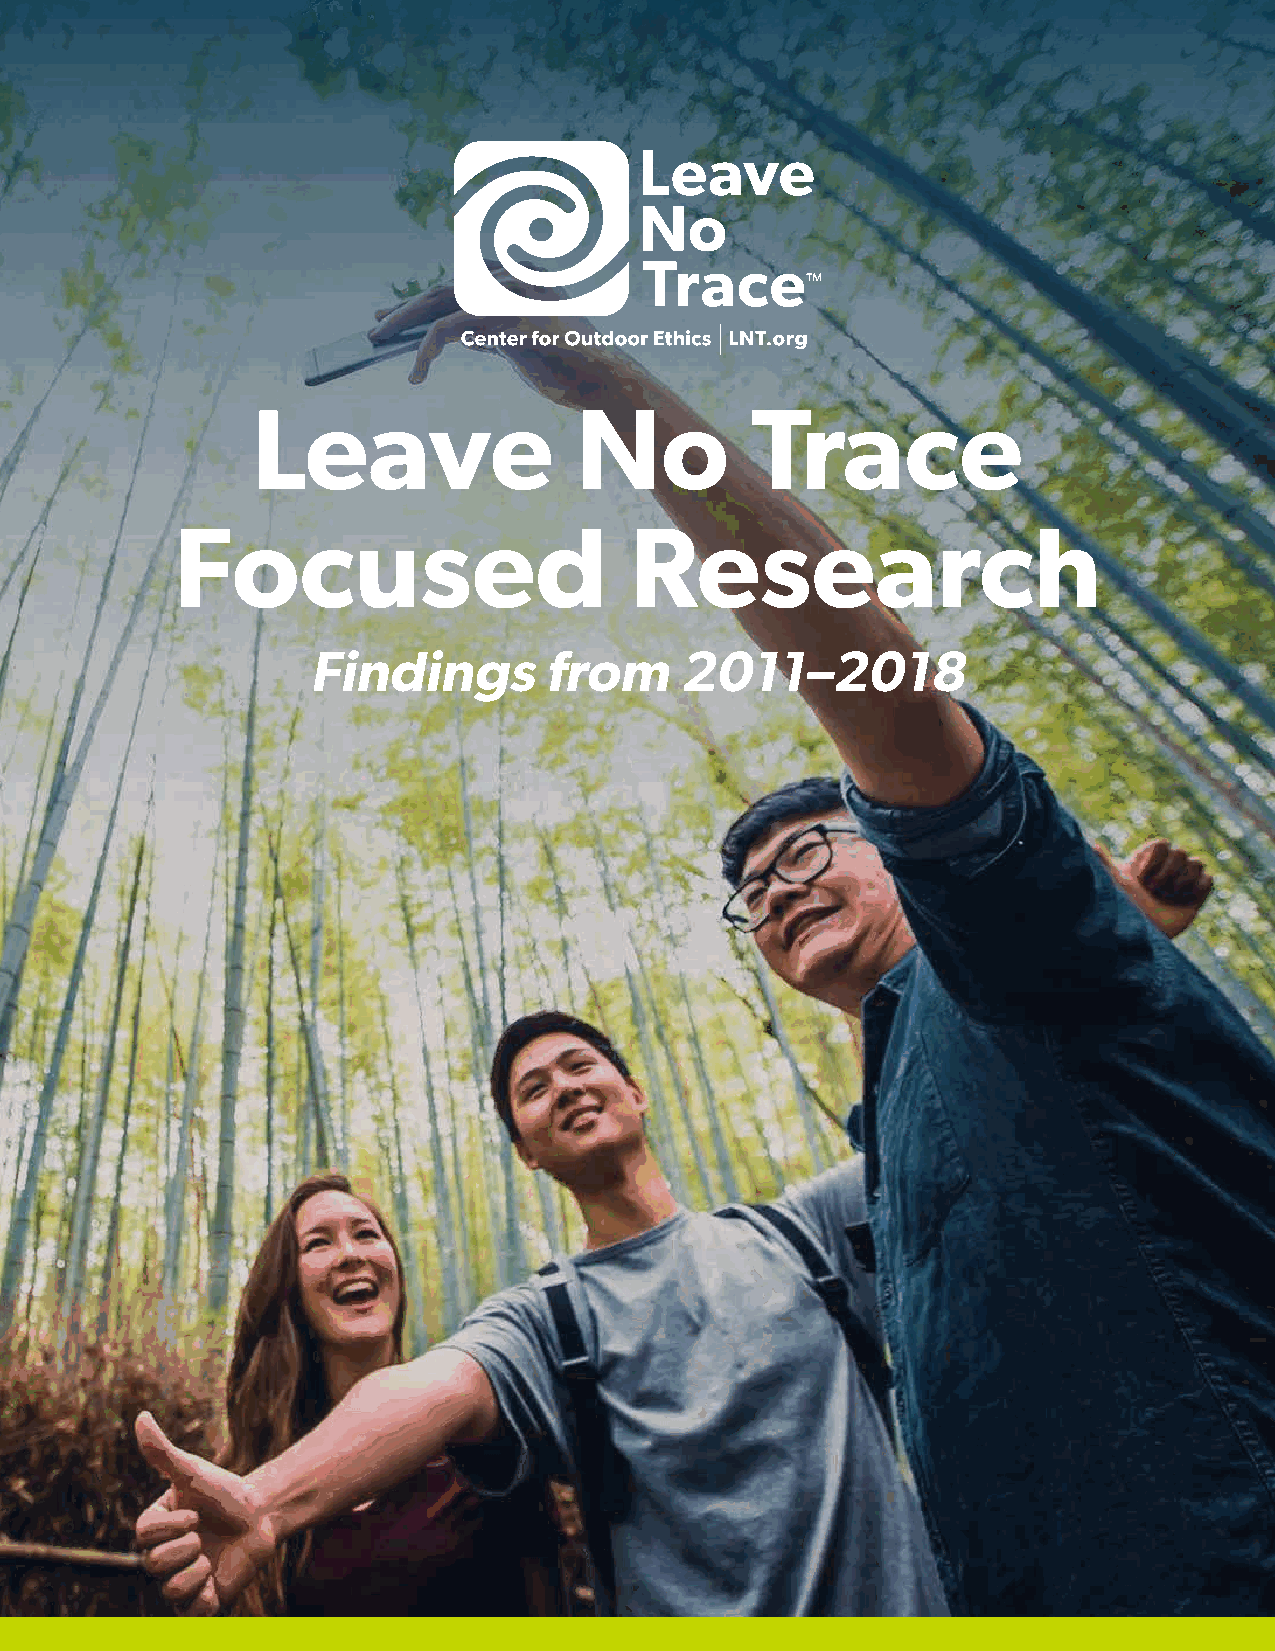
Leave                No          Trace
 Focused                       Research
 Findings        from     2011–2018